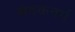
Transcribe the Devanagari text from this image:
सेवकवर्ग